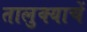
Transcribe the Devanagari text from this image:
तालुक्याचें